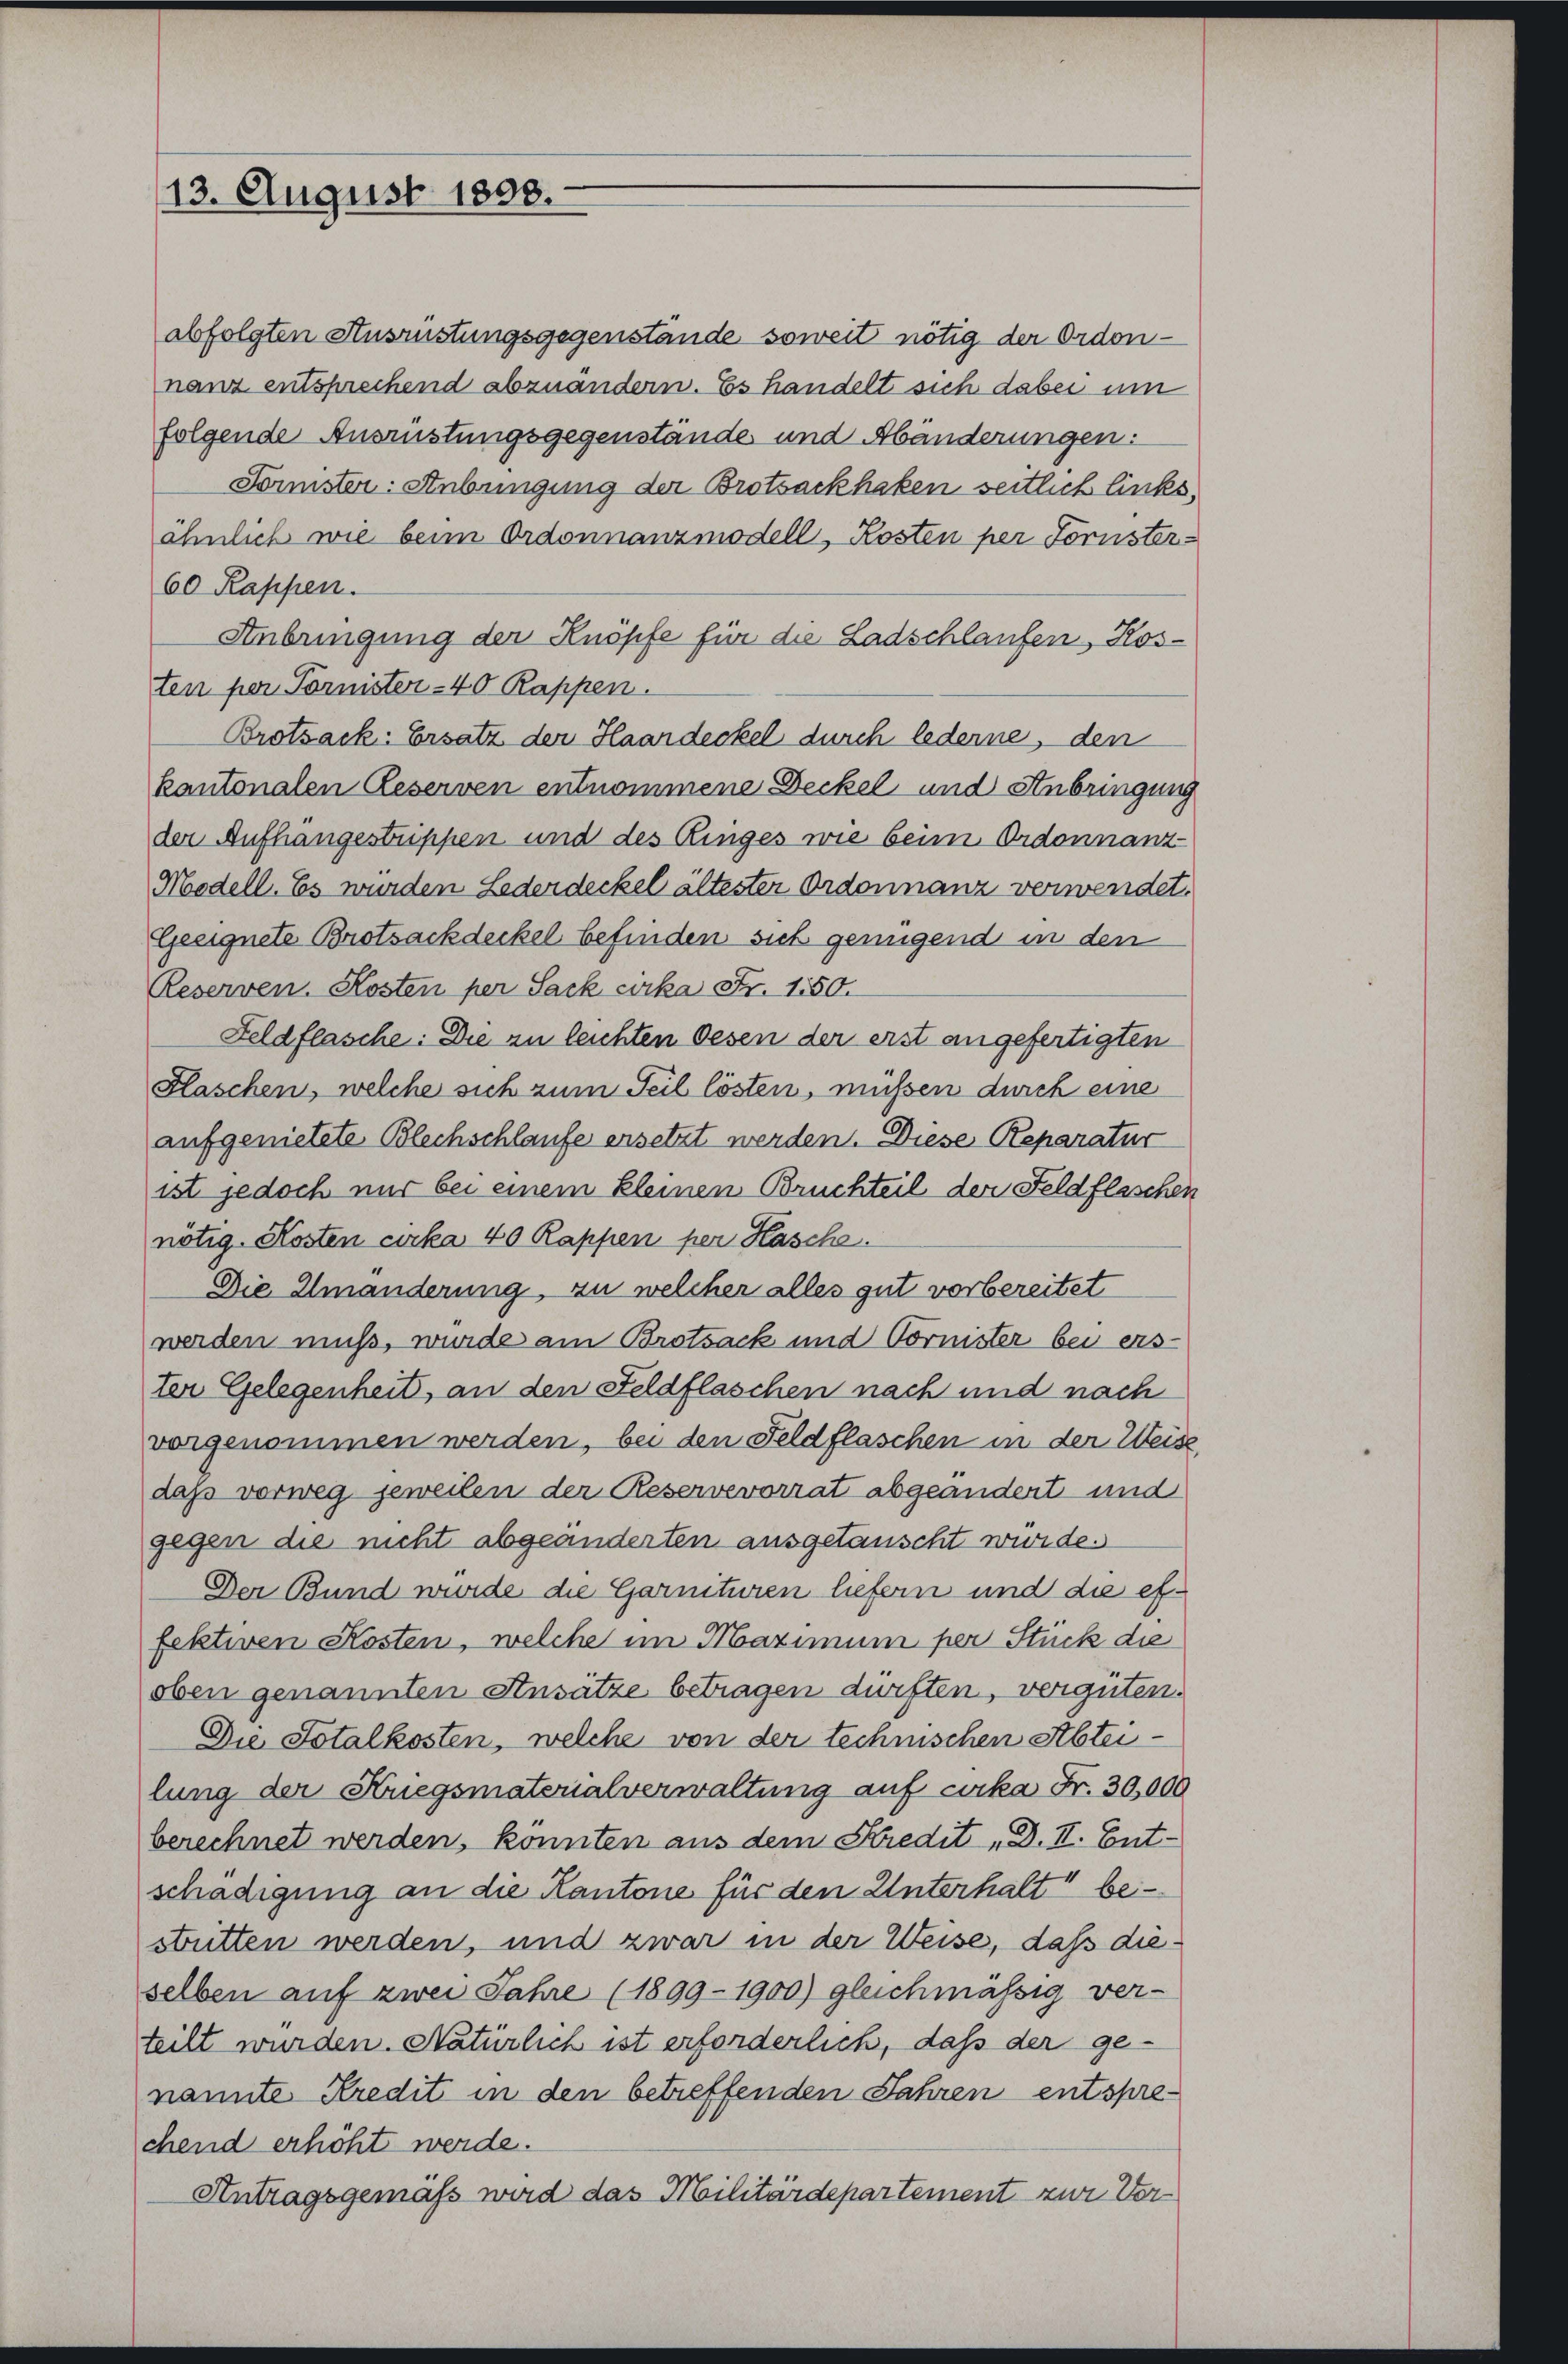
113. August 1898.

abfolgten Ausrüstungsgegenstände soweit nötig der Ordon-
nanz entsprechend abzuändern. Es handelt sich dabei um
folgende Ausrüstungsgegenstände und Abänderungen:
Sonister: Anbringung der Brotsackhaken seitlich links,
ähnlich wie beim Ordonnanzmodell, Kosten per Fornster¬
60 Rappen.
Anbringung der Knöpfe für die Ladschlaufen, Kosten per Tornister - 40 Rappen.
Brotsack: Ersatz der Haardeckel durch lederne, den
kantonalen Reserven entnommene Deckel und Anbringung
der Aufhangestrippen und des Ringes wie beim Ordonnanz-
Modell. Es wurden Lederdeckel ältester Ordonnanz verwendet.
Geeignete Brotsackdeckel befinden sich genügend in den
Reserven. Kosten per Sack cirka Fr. 1150.
Feldflasche: Die zu leichten Oesen der erst angefertigten
Flaschen, welche sich zum Teil lösten, müßen durch eine
aufgenietete Blechschlaufe ersetzt werden. Diese Reparatur
ist jedoch nur bei einem kleinen Bruchteil der Feldflaschen
nötig. Kosten cirka 40 Rappen per Hasche.
Die Umänderung, zu welcher alles gut vorbereitet
werden muss, wurde am Brotsack und Cornister bei erster Gelegenheits, an den Feldflaschen nach und nach
vorgenommen werden, bei den Feldflaschen in der Weise,
daß vorweg jeweilen der Reservevorrat abgeändert und
gegen die nicht abgeänderten ausgetauscht wurde.
Der Bund würde die Garnituren liefern und die effektiven Kosten, welche im Maximum per Stück die
oben genannten Ansätze betragen dürften, vergüten.
Die Totalkosten, welche von der technischen Abteilung der Kriegsmaterialverwaltung auf cirka Fr. 30,000
berechnet werden, könnten aus dem Kredit „D. II. Ent-
schädigung an die Kantone für den Unterhalt bestritten werden, und zwar in der Weise, daß dieselben auf zwei Jahre (1899-1900) gleichmässig ver-
teilt wurden. Natürlich ist erforderlich, daß der ge-
nannte Kredit in den betreffenden Jahren entsprechend erhöht werde.
Antragsgemäß wird das Militärdepartement zur Ver¬